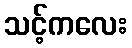
သင့်ကလေး